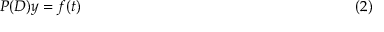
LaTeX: P ( D ) y = f ( t ) \qquad \qquad \qquad \qquad \qquad \qquad \qquad \qquad \qquad ( 2 )